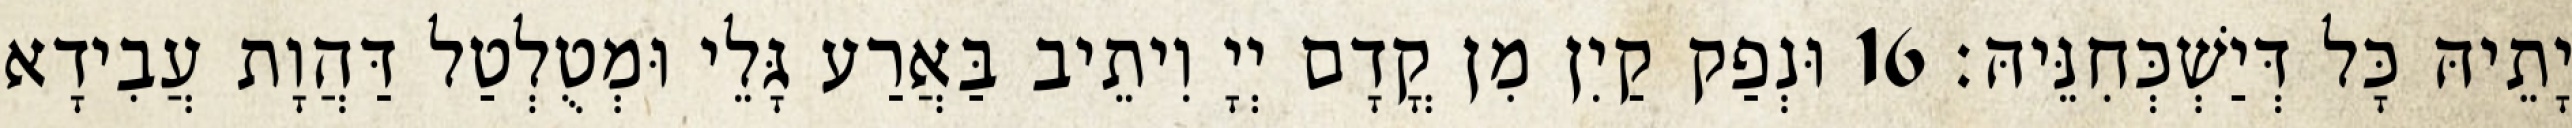
יָתֵיהּ כָּל דְּיַשְׁכְּחִנֵּיהּ׃ 16 וּנְפַק קַיִן מִן קֳדָם יְיָ וִיתֵיב בַּאֲרַע גָּלֵי וּמְטֻלְטַל דַּהֲוָת עֲבִידָא